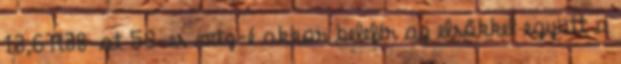
13,6R38-at 50-es mtz-é akkor belefér az elsőkkel együtt a